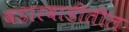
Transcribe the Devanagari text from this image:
वडारवाडीतील